Lunatic asylums United Provinces 1909-1921 - 1909-1921
Year: 1909
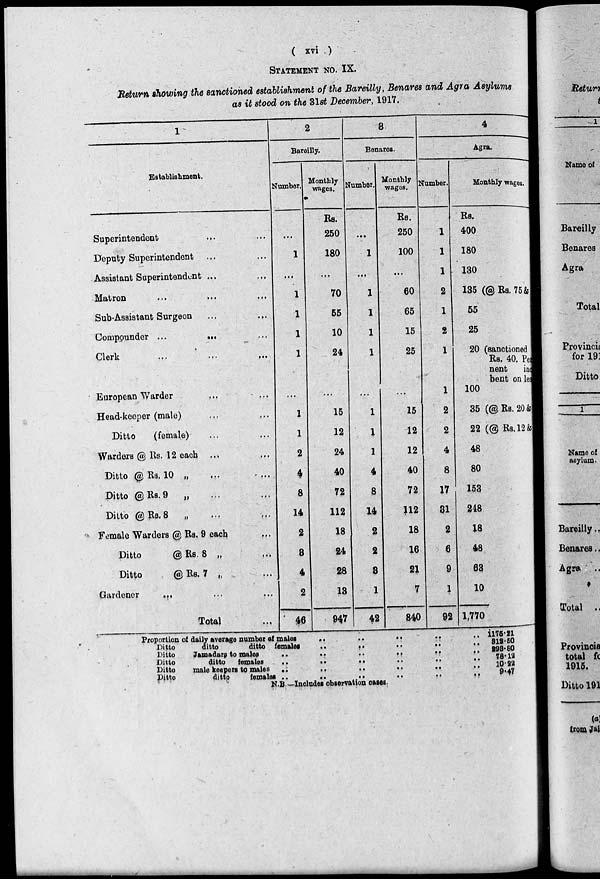
( xvi )
STATEMENT NO. IX.
Return showing the sanctioned establishment of the Bareilly, Benares and Agra Asylums
as it stood on the 31st December, 1917.
1
Establishment.
Superintendent
Deputy Superintendent
Assistant Superintendent ...
Matron
...
...
...
Sub-Assistant Surgeon
...
...
Compounder ...
... ...
Clerk
...
...
...
European Warder
...
...
Head-keeper (male) ... ...
Ditto
(female) ... ...
Warders @ Rs. 12 each ... ...
Ditto @ Rs. 10 „ ... ...
Ditto @Rs.9
„ ... ...
Ditto @ Rs. 8 „
...
...
Female Warders @ Rs. 9 each
...
Ditto
@Rs. 8 „ ...
Ditto
@Rs. 7 „ ...
Gardener ... ... ...
Total ...
2
Bareilly.
Number.
...
1
...
1
1
1
1
...
1
1
2
4
8
14
2
3
4
2
46
Monthly
wages.
Rs.
250
180
...
70
55
10
24
...
15
12
24
40
72
112
18
24
28
13
947
8
Benares.
Number.
...
1
...
1
1
1
1
...
1
1
1
4
8
14
2
2
3
1
42
Monthly
wages.
Rs.
250
100
...
60
65
15
25
...
15
12
12
40
72
112
18
16
21
7
840
4
Agra.
Number.
1
1
1
2
1
2
1
1
2
2
4
8
17
31
2
6
9
1
92
Monthly wages.
Rs.
400
180
130
135 (@Rs.75 &
55
25
20 (sanctioned
Rs. 40. Pe
nent
in
bent on lea
100
35 (@Rs. 20 &
22 (@ Rs. l2 &
48
80
153
248
18
48
63
10
1,770
Proportion of daily average number
males
..
..
..
..
..
Ditto
ditto
ditto females .. .. .. .. ..
Ditto Jamadars to
males
..
..
..
..
..
..
Ditto
ditto females
..
..
..
..
..
..
Ditto
male keepers to males
..
..
..
..
..
..
Ditto
ditto
females .. .. .. .. .. ..
N.B—Includes observation cases.
1175.21
812.50
293.80
78.12
10.22
9.47